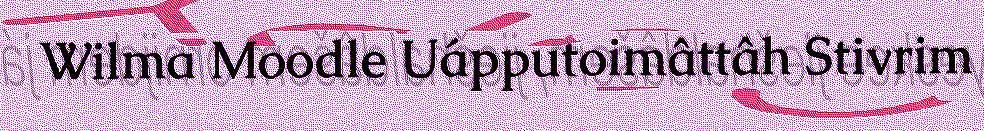
Wilma Moodle Uápputoimâttâh Stivrim